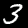
Label: 3